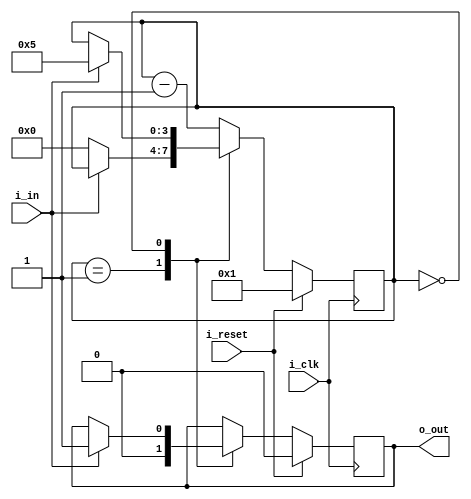
module ss2(i_clk, i_reset,
	i_in, o_out);

parameter N = 5;
parameter [0:0] NE = 0;

input wire i_clk;
input wire i_reset;
input wire i_in;
output reg o_out;

reg [$clog2(N):0] count;

always @(posedge i_clk) begin
	if (i_reset) begin
		o_out <= NE;
		count <= 1;
	end else case (count)
	default:
		count <= count - 1;
	1:
		begin
			o_out <= NE;
			if (~(i_in ^ NE))
				count <= 0;
		end
	0:
		if (i_in ^ NE) begin
			o_out <= ~NE;
			count <= N;
		end
	endcase
end
endmodule